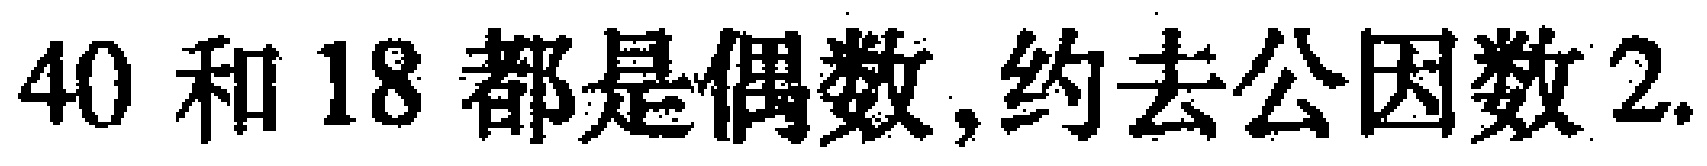
$40\text{ 和 }18\text{ 都是偶数,约去公因数 }2.$